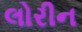
લોરીન